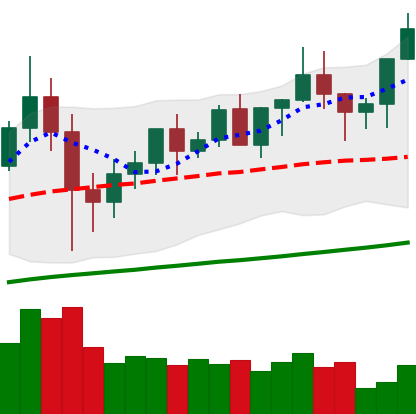
Ticker: XMR-USD
Chart end date: 2020-12-12
Forward return: 9.2%
Label: up_7plus